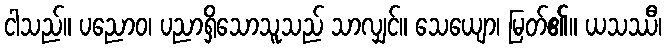
ငါသည်။ ပညောဝ၊ ပညာရှိသောသူသည် သာလျှင်။ သေယျော၊ မြတ်၏။ ယသဿီ၊